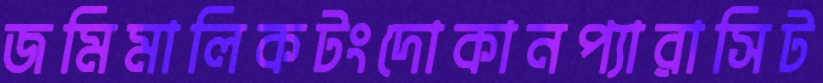
জমিমালিকটংদোকানপ্যারাসিট